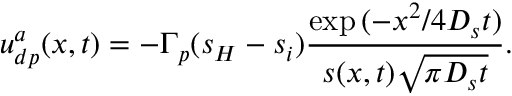
u _ { d p } ^ { a } ( x , t ) = - \Gamma _ { p } ( s _ { H } - s _ { i } ) \frac { \exp { ( - x ^ { 2 } / 4 D _ { s } t ) } } { s ( x , t ) \sqrt { \pi D _ { s } t } } .